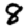
Digit: 8